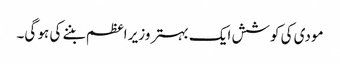
مودی کی کوشش ایک بہتر وزیر اعظم بننے کی ہو گی۔